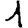
Digit: 1